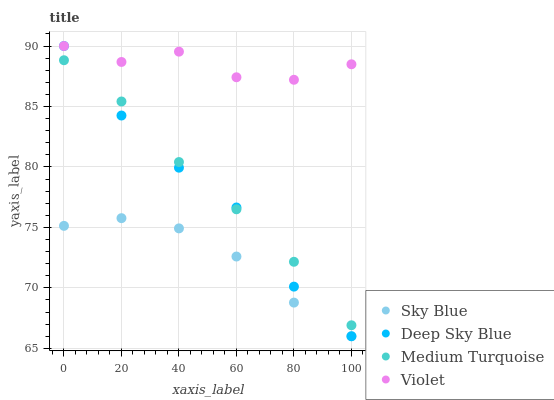
| xaxis_label | Sky Blue | Deep Sky Blue | Medium Turquoise | Violet |
 | --- | --- | --- | --- | --- |
 | 0 | 75.1 | 90 | 88.8 | 90 |
 | 20 | 75.8 | 84.3 | 85.4 | 88.7 |
 | 40 | 74.9 | 79.9 | 80.4 | 89.5 |
 | 60 | 72.6 | 76.6 | 76.5 | 87.4 |
 | 80 | 68.8 | 70.1 | 72.2 | 87.2 |
 | 100 | 66 | 66 | 66.9 | 88.5 |